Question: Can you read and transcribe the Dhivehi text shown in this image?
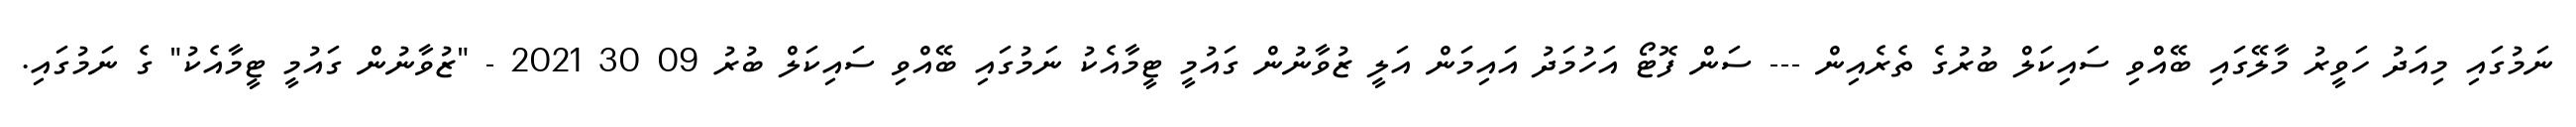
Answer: ނަމުގައި މިއަދު ހަވީރު މާލޭގައި ބޭއްވި ސައިކަލް ބުރުގެ ތެރެއިން --- ސަން ފޮޓޯ އަހުމަދު އައިމަން އަލީ ޒުވާނުން ގައުމީ ޓީމާއެކު ނަމުގައި ބޭއްވި ސައިކަލް ބުރު 09 30 2021 - "ޒުވާނުން ގައުމީ ޓީމާއެކު" ގެ ނަމުގައި.